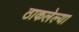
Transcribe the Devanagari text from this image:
ठाकलेल्या